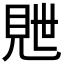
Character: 𬡽